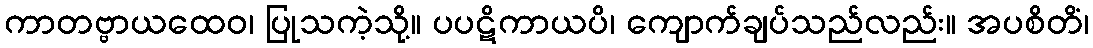
ကာတဗ္ဗာယထေဝ၊ ပြုသကဲ့သို့။ ပပဋိကာယပိ၊ ကျောက်ချပ်သည်လည်း။ အပစိတိံ၊